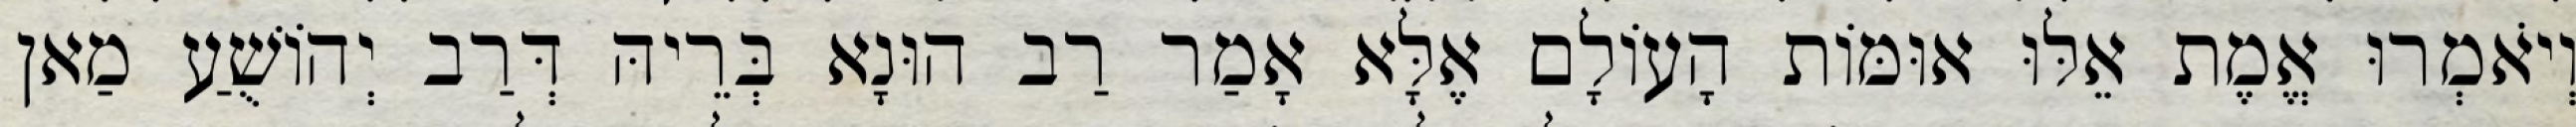
וְיֹאמְרוּ אֱמֶת אֵלּוּ אוּמּוֹת הָעוֹלָם אֶלָּא אָמַר רַב הוּנָא בְּרֵיהּ דְּרַב יְהוֹשֻׁעַ מַאן